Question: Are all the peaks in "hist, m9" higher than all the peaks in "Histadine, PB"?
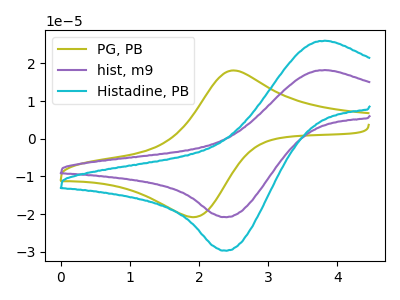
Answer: <think>The olive curve "PG, PB" has an anodic peak at (2.50V, 18.10uA) and a cathodic peak at (1.95V, -20.80uA). The purple curve "hist, m9" has an anodic peak at (3.85V, 18.20uA) and a cathodic peak at (2.40V, -20.80uA). The cyan curve "Histadine, PB" has an anodic peak at (3.85V, 26.00uA) and a cathodic peak at (2.40V, -29.70uA).</think>
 <answer>Every peak in "hist, m9" is lower than every peak in "Histadine, PB".</answer>
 <eval>lower</eval>